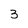
Character: 3